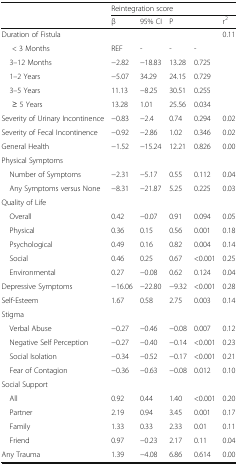
<table><thead><tr><td rowspan="2">[EMPTY_CELL]</td><td colspan="5"><b>Reintegration score</b></td></tr><tr><td><b>β</b></td><td><b>95% CI</b></td><td colspan="2"><b>P</b></td><td><b>r<sup>2</sup></b></td></tr></thead><tbody><tr><td>Duration of Fistula</td><td>[EMPTY_CELL]</td><td>[EMPTY_CELL]</td><td>[EMPTY_CELL]</td><td>[EMPTY_CELL]</td><td>0.11</td></tr><tr><td>&lt; 3 Months</td><td>REF</td><td>-</td><td>-</td><td>-</td><td>[EMPTY_CELL]</td></tr><tr><td> 3–12 Months</td><td>−2.82</td><td>−18.83</td><td>13.28</td><td>0.725</td><td>[EMPTY_CELL]</td></tr><tr><td> 1–2 Years</td><td>−5.07</td><td>34.29</td><td>24.15</td><td>0.729</td><td>[EMPTY_CELL]</td></tr><tr><td> 3–5 Years</td><td>11.13</td><td>−8.25</td><td>30.51</td><td>0.255</td><td>[EMPTY_CELL]</td></tr><tr><td>≥ 5 Years</td><td>13.28</td><td>1.01</td><td>25.56</td><td>0.034</td><td>[EMPTY_CELL]</td></tr><tr><td>Severity of Urinary Incontinence</td><td>−0.83</td><td>−2.4</td><td>0.74</td><td>0.294</td><td>0.02</td></tr><tr><td>Severity of Fecal Incontinence</td><td>−0.92</td><td>−2.86</td><td>1.02</td><td>0.346</td><td>0.02</td></tr><tr><td>General Health</td><td>−1.52</td><td>−15.24</td><td>12.21</td><td>0.826</td><td>0.00</td></tr><tr><td colspan="6">Physical Symptoms</td></tr><tr><td> Number of Symptoms</td><td>−2.31</td><td>−5.17</td><td>0.55</td><td>0.112</td><td>0.04</td></tr><tr><td> Any Symptoms versus None</td><td>−8.31</td><td>−21.87</td><td>5.25</td><td>0.225</td><td>0.03</td></tr><tr><td colspan="6">Quality of Life</td></tr><tr><td> Overall</td><td>0.42</td><td>−0.07</td><td>0.91</td><td>0.094</td><td>0.05</td></tr><tr><td> Physical</td><td>0.36</td><td>0.15</td><td>0.56</td><td>0.001</td><td>0.18</td></tr><tr><td> Psychological</td><td>0.49</td><td>0.16</td><td>0.82</td><td>0.004</td><td>0.14</td></tr><tr><td> Social</td><td>0.46</td><td>0.25</td><td>0.67</td><td>&lt;0.001</td><td>0.25</td></tr><tr><td> Environmental</td><td>0.27</td><td>−0.08</td><td>0.62</td><td>0.124</td><td>0.04</td></tr><tr><td>Depressive Symptoms</td><td>−16.06</td><td>−22.80</td><td>−9.32</td><td>&lt;0.001</td><td>0.28</td></tr><tr><td>Self-Esteem</td><td>1.67</td><td>0.58</td><td>2.75</td><td>0.003</td><td>0.14</td></tr><tr><td colspan="6">Stigma</td></tr><tr><td> Verbal Abuse</td><td>−0.27</td><td>−0.46</td><td>−0.08</td><td>0.007</td><td>0.12</td></tr><tr><td> Negative Self Perception</td><td>−0.27</td><td>−0.40</td><td>−0.14</td><td>&lt;0.001</td><td>0.23</td></tr><tr><td> Social Isolation</td><td>−0.34</td><td>−0.52</td><td>−0.17</td><td>&lt;0.001</td><td>0.21</td></tr><tr><td> Fear of Contagion</td><td>−0.36</td><td>−0.63</td><td>−0.08</td><td>0.012</td><td>0.10</td></tr><tr><td colspan="6">Social Support</td></tr><tr><td> All</td><td>0.92</td><td>0.44</td><td>1.40</td><td>&lt;0.001</td><td>0.20</td></tr><tr><td> Partner</td><td>2.19</td><td>0.94</td><td>3.45</td><td>0.001</td><td>0.17</td></tr><tr><td> Family</td><td>1.33</td><td>0.33</td><td>2.33</td><td>0.01</td><td>0.11</td></tr><tr><td> Friend</td><td>0.97</td><td>−0.23</td><td>2.17</td><td>0.11</td><td>0.04</td></tr><tr><td>Any Trauma</td><td>1.39</td><td>−4.08</td><td>6.86</td><td>0.614</td><td>0.00</td></tr></tbody></table>